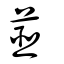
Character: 茝